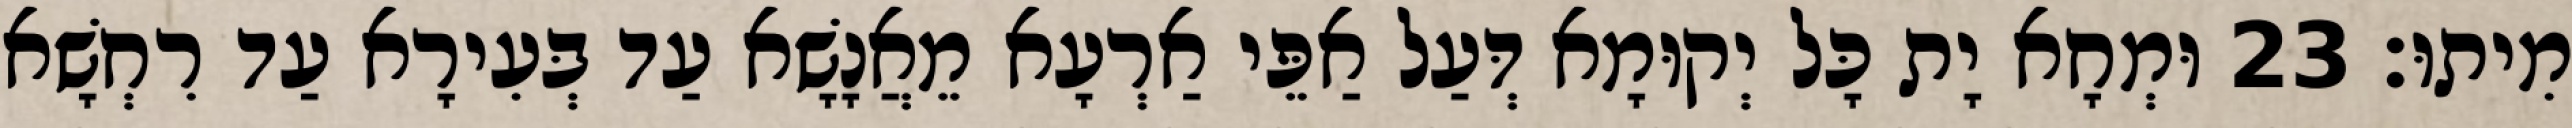
מִיתוּ׃ 23 וּמְחָא יָת כָּל יְקוּמָא דְּעַל אַפֵּי אַרְעָא מֵאֲנָשָׁא עַד בְּעִירָא עַד רִחְשָׁא